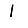
Digit: 1